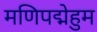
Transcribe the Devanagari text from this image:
मणिपद्मेहुम